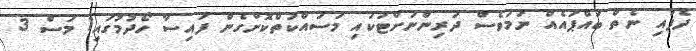
ދެފައި ނެތް ބަައްޕައެއް ނަަމަވެސް ދަރިންނަށްޓަކައި މަސައްކަތްކޮށްގެން ފައިސާ ހޯދުމުގައި1 މަސް 3